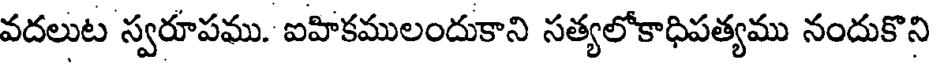
వదలుట స్వరూపము. ఐహికములందుకాని సత్యలోకాధిపత్యము నందుకొని